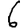
Digit: 6